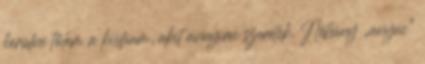
kerülne tőlem a kisfiam, akit annyira szeretek. Néhány „anyai”